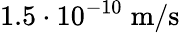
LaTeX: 1.5\cdot 10^{-10}\; \mathrm{m}/\mathrm{s}